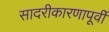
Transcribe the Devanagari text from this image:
सादरीकारणापूर्वी